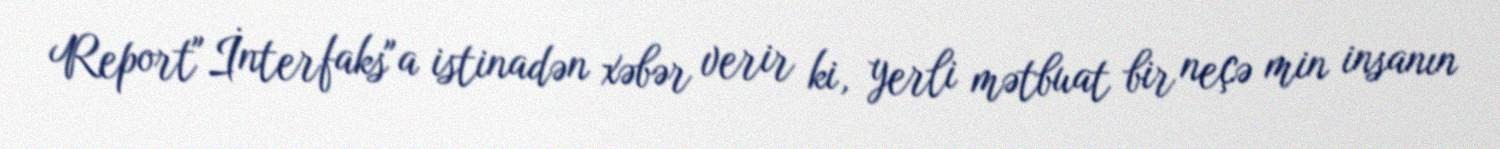
Report"İnterfaks"a istinadən xəbər verir ki, yerli mətbuat bir neçə min insanın